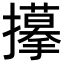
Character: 𢸆